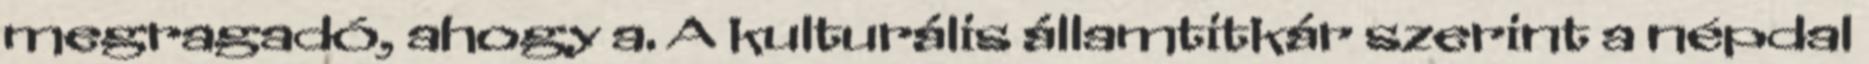
megragadó, ahogy a. A kulturális államtitkár szerint a népdal